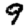
Digit: 9